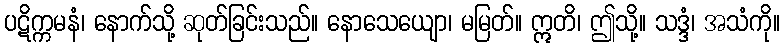
ပဋိက္ကမနံ၊ နောက်သို့ ဆုတ်ခြင်းသည်။ နောသေယျော၊ မမြတ်။ ဣတိ၊ ဤသို့။ သဒ္ဒံ၊ အသံကို။